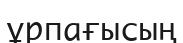
ұрпағысың